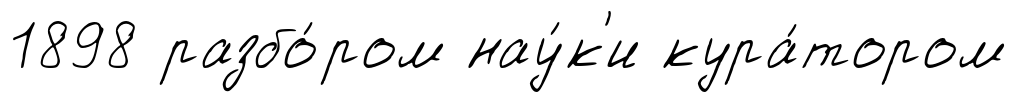
1898 разбо́ром нау́к'и кура́тором